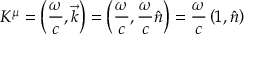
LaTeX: K ^ { \mu } = \left( { \frac { \omega } { c } } , { \vec { k } } \right) = \left( { \frac { \omega } { c } } , { \frac { \omega } { c } } { \hat { n } } \right) = { \frac { \omega } { c } } \left( 1 , { \hat { n } } \right)